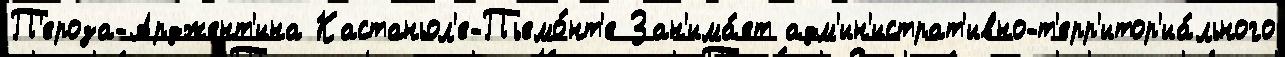
П'ероза-Арджент'ина Кастаньол'е-Пьемо́нт'е Зан'има́ет адм'ин'истрат'ивно-т'ерр'итор'иа́льного